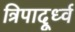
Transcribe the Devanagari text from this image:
त्रिपादूर्ध्व